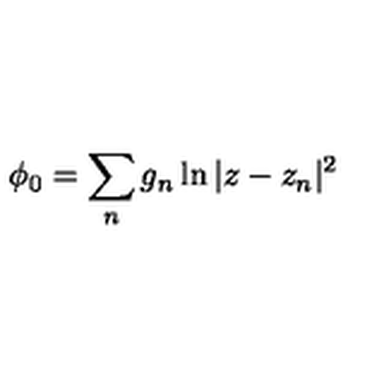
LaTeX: \phi _ { 0 } = \sum _ { n } g _ { n } \ln | z - z _ { n } | ^ { 2 }